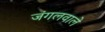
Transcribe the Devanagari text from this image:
जंगलवाले